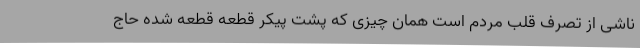
ناشی از تصرف قلب مردم است همان چیزی که پشت پیکر قطعه قطعه شده حاج